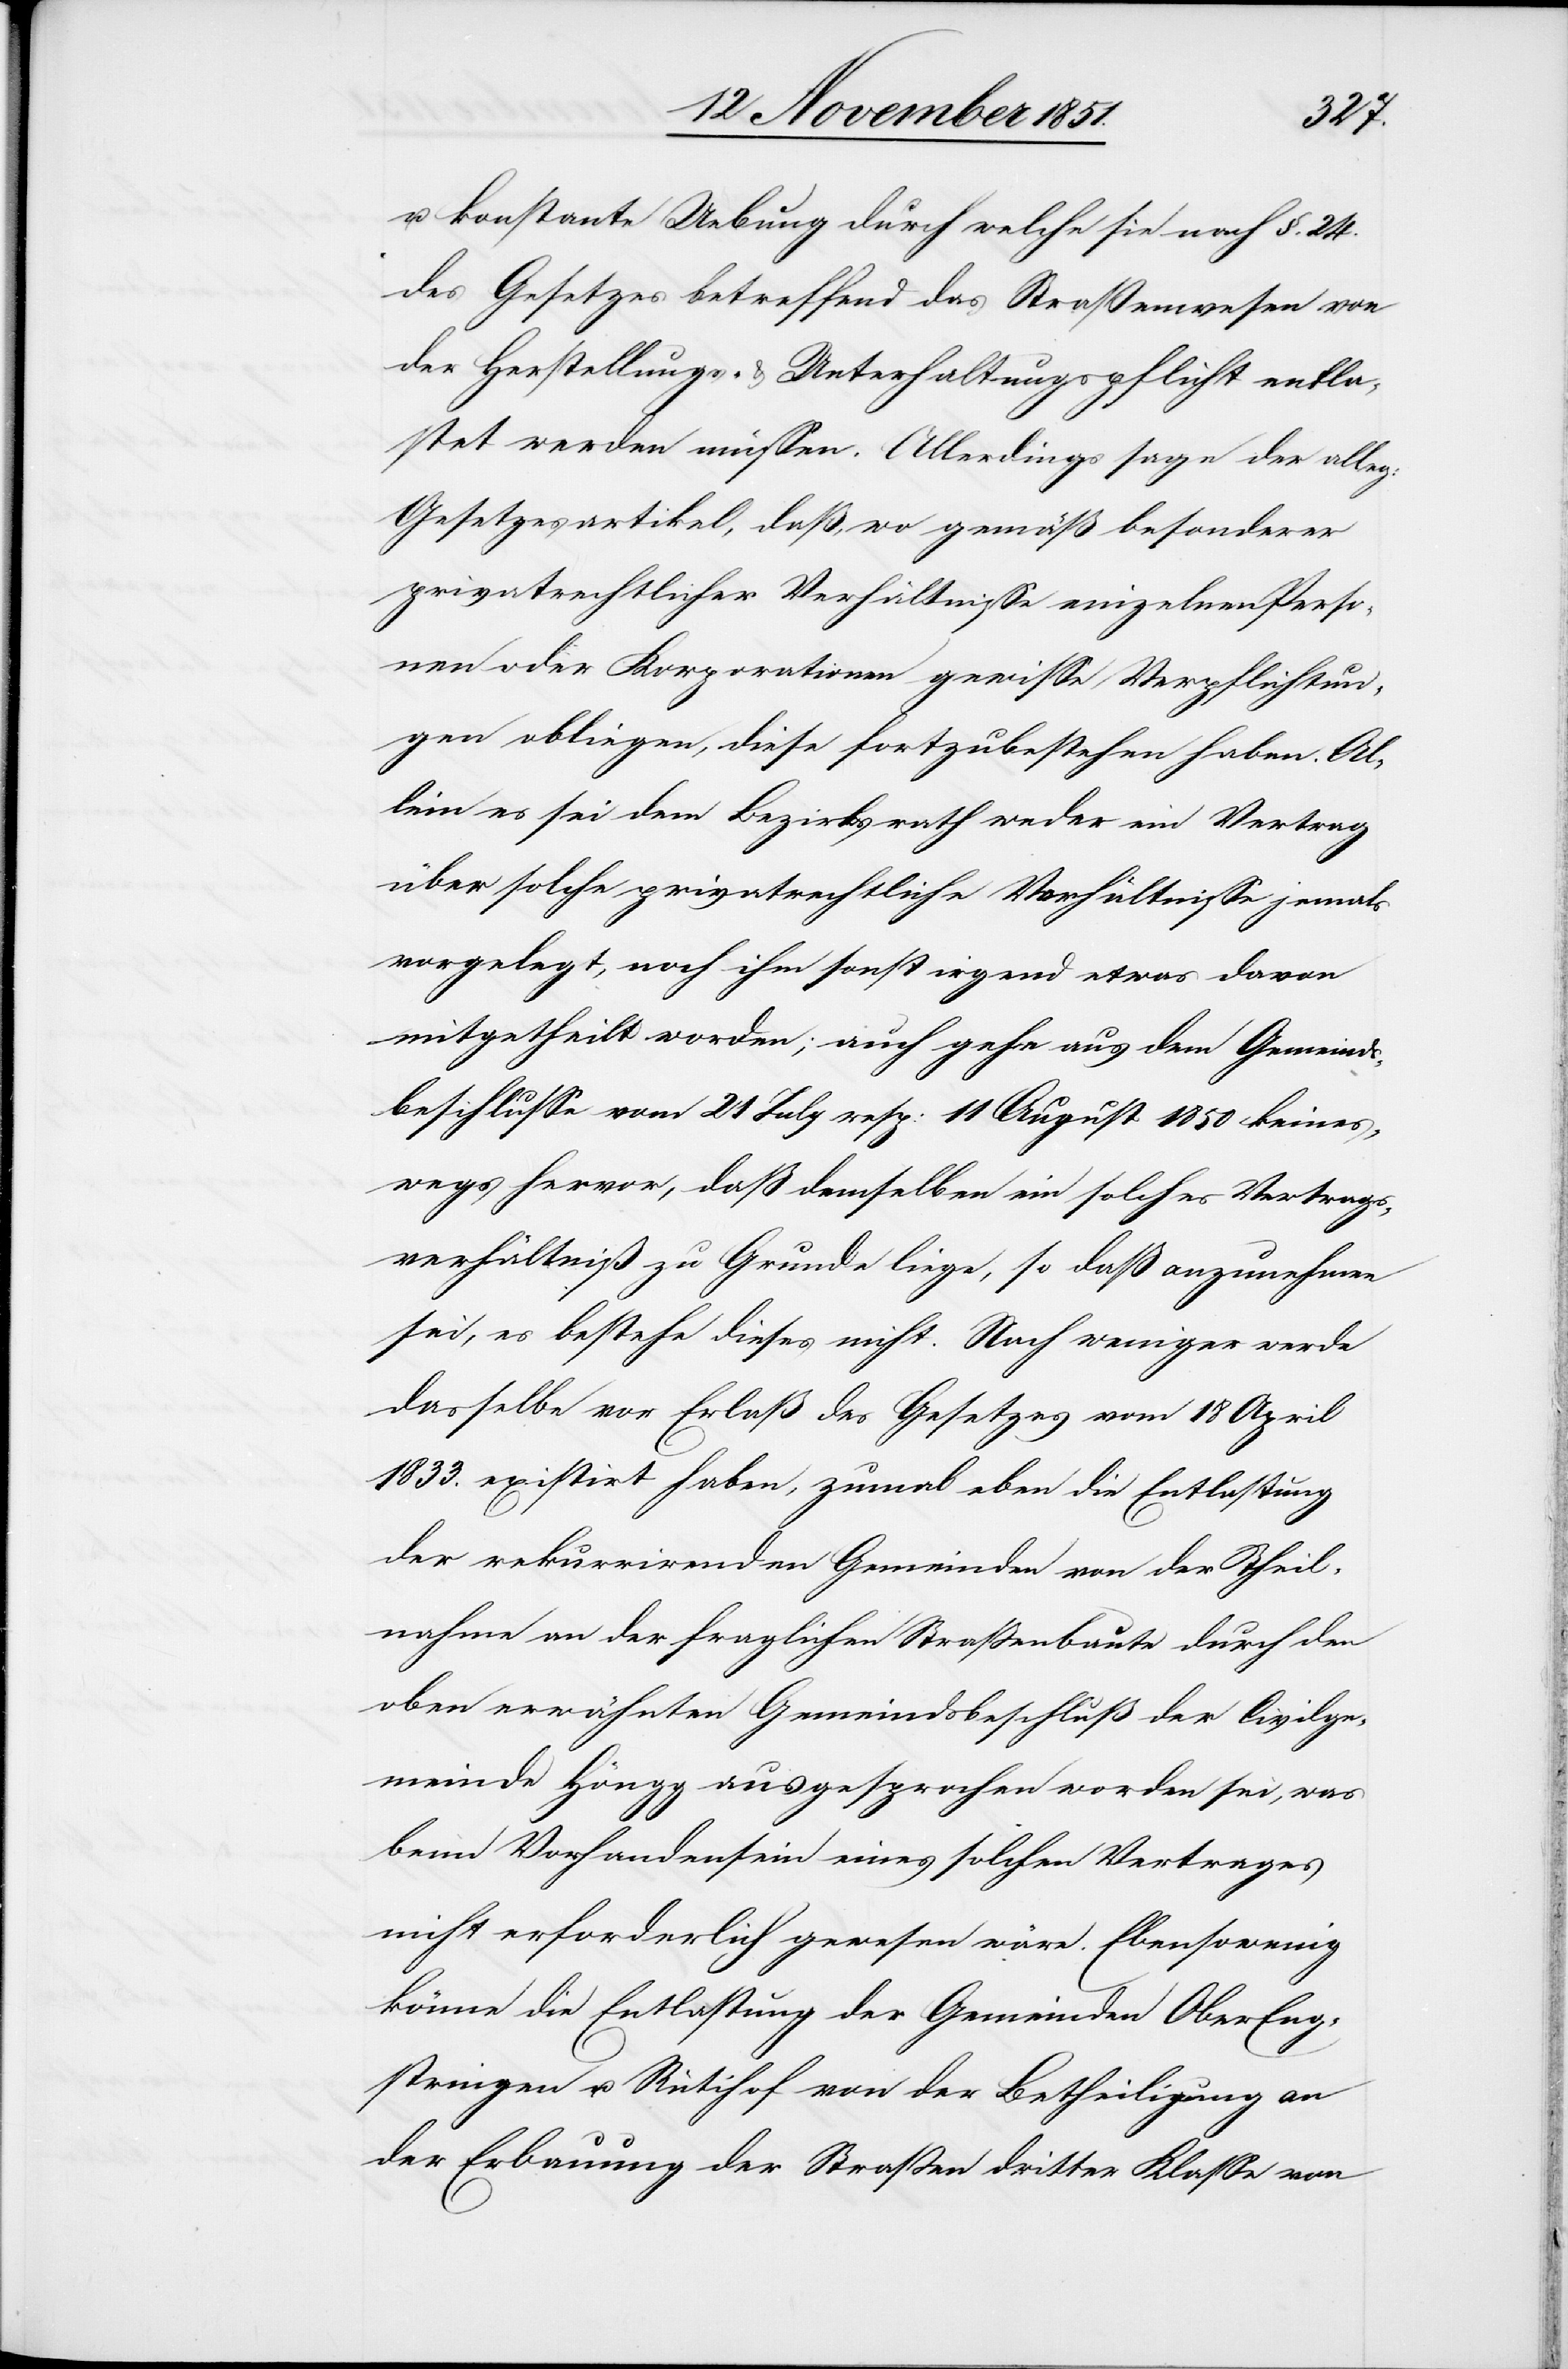
u. konstante Uebung durch welche sie nach §. 24.
des Gesetzes betreffend das Straßenwesen von
der Herstellungs- & Unterhaltungspflicht entla¬
stet werden müssen. Allerdings sage der alleg:
Gesetzesartikel, daß, wo gemäß besonderer
privatrechtlicher Verhältnisse einzelnen Perso¬
nen oder Korporationen gewisse Verpflichtun¬
gen obliegen, diese fortzubestehen haben. Al¬
lein es sei dem Bezirksrath weder ein Vertrag
über solche privatrechtliche Verhältnisse jemals
vorgelegt, noch ihm sonst irgend etwas davon
mitgetheilt worden; auch gehe aus dem Gemeinds¬
beschlusse vom 21 July resp: 11 August 1850 keines¬
wegs hervor, daß demselben ein solches Vertrags¬
verhältniß zu Grunde liege, so daß anzunehmen
sei, es bestehe dieses nicht. Noch weniger werde
dasselbe vor Erlaß des Gesetzes vom 18 April
1833. existirt haben, zumal eben die Entlastung
der rekurrirenden Gemeinden von der Theil¬
nahme an der fraglichen Straßenbaute durch den
oben erwähnten Gemeindsbeschluß der Civilge¬
meinde Höngg ausgesprochen worden sei, was
beim Vorhandensein eines solchen Vertrages
nicht erforderlich gewesen wäre. Ebensowenig
könne die Entlastung der Gemeinden OberEng¬
stringen u. Rütihof von der Betheiligung an
der Erbauung der Straßen dritter Klasse von